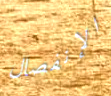
الإنفصال